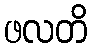
ဖလတိ